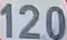
120